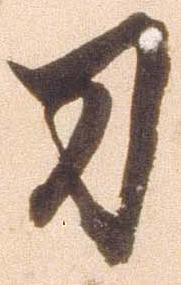
刀